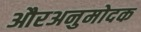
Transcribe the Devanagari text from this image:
औरअनुमोदक